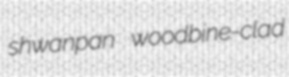
shwanpan woodbine-clad